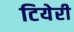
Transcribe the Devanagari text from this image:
टियेरी